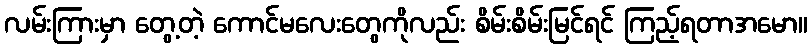
လမ်းကြားမှာ တွေ့တဲ့ ကောင်မလေးတွေကိုလည်း စိမ်းစိမ်းမြင်ရင် ကြည့်ရတာအမော။